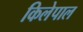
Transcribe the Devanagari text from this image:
किलेपाल